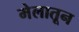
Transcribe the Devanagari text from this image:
मेलातून